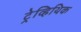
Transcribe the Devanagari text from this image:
ट्रेव्हिथिक